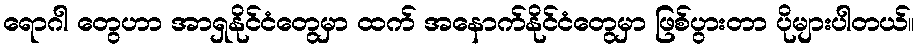
ရောဂါ တွေဟာ အာရှနိုင်ငံတွေမှာ ထက် အနောက်နိုင်ငံတွေမှာ ဖြစ်ပွားတာ ပိုများပါတယ်။